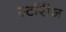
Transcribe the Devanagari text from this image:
स्टॉरीज